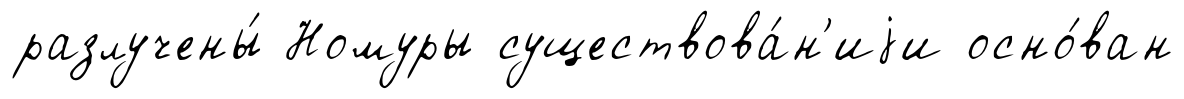
разлучены́ Номуры существова́н'иjи осно́ван